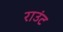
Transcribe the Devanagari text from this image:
राउंट